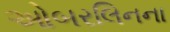
ઓબરલિનના